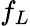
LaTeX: f_{L}